65_HS1-834228961_62-HQ-83894_Serial_220
Agency: FBI
Page 7
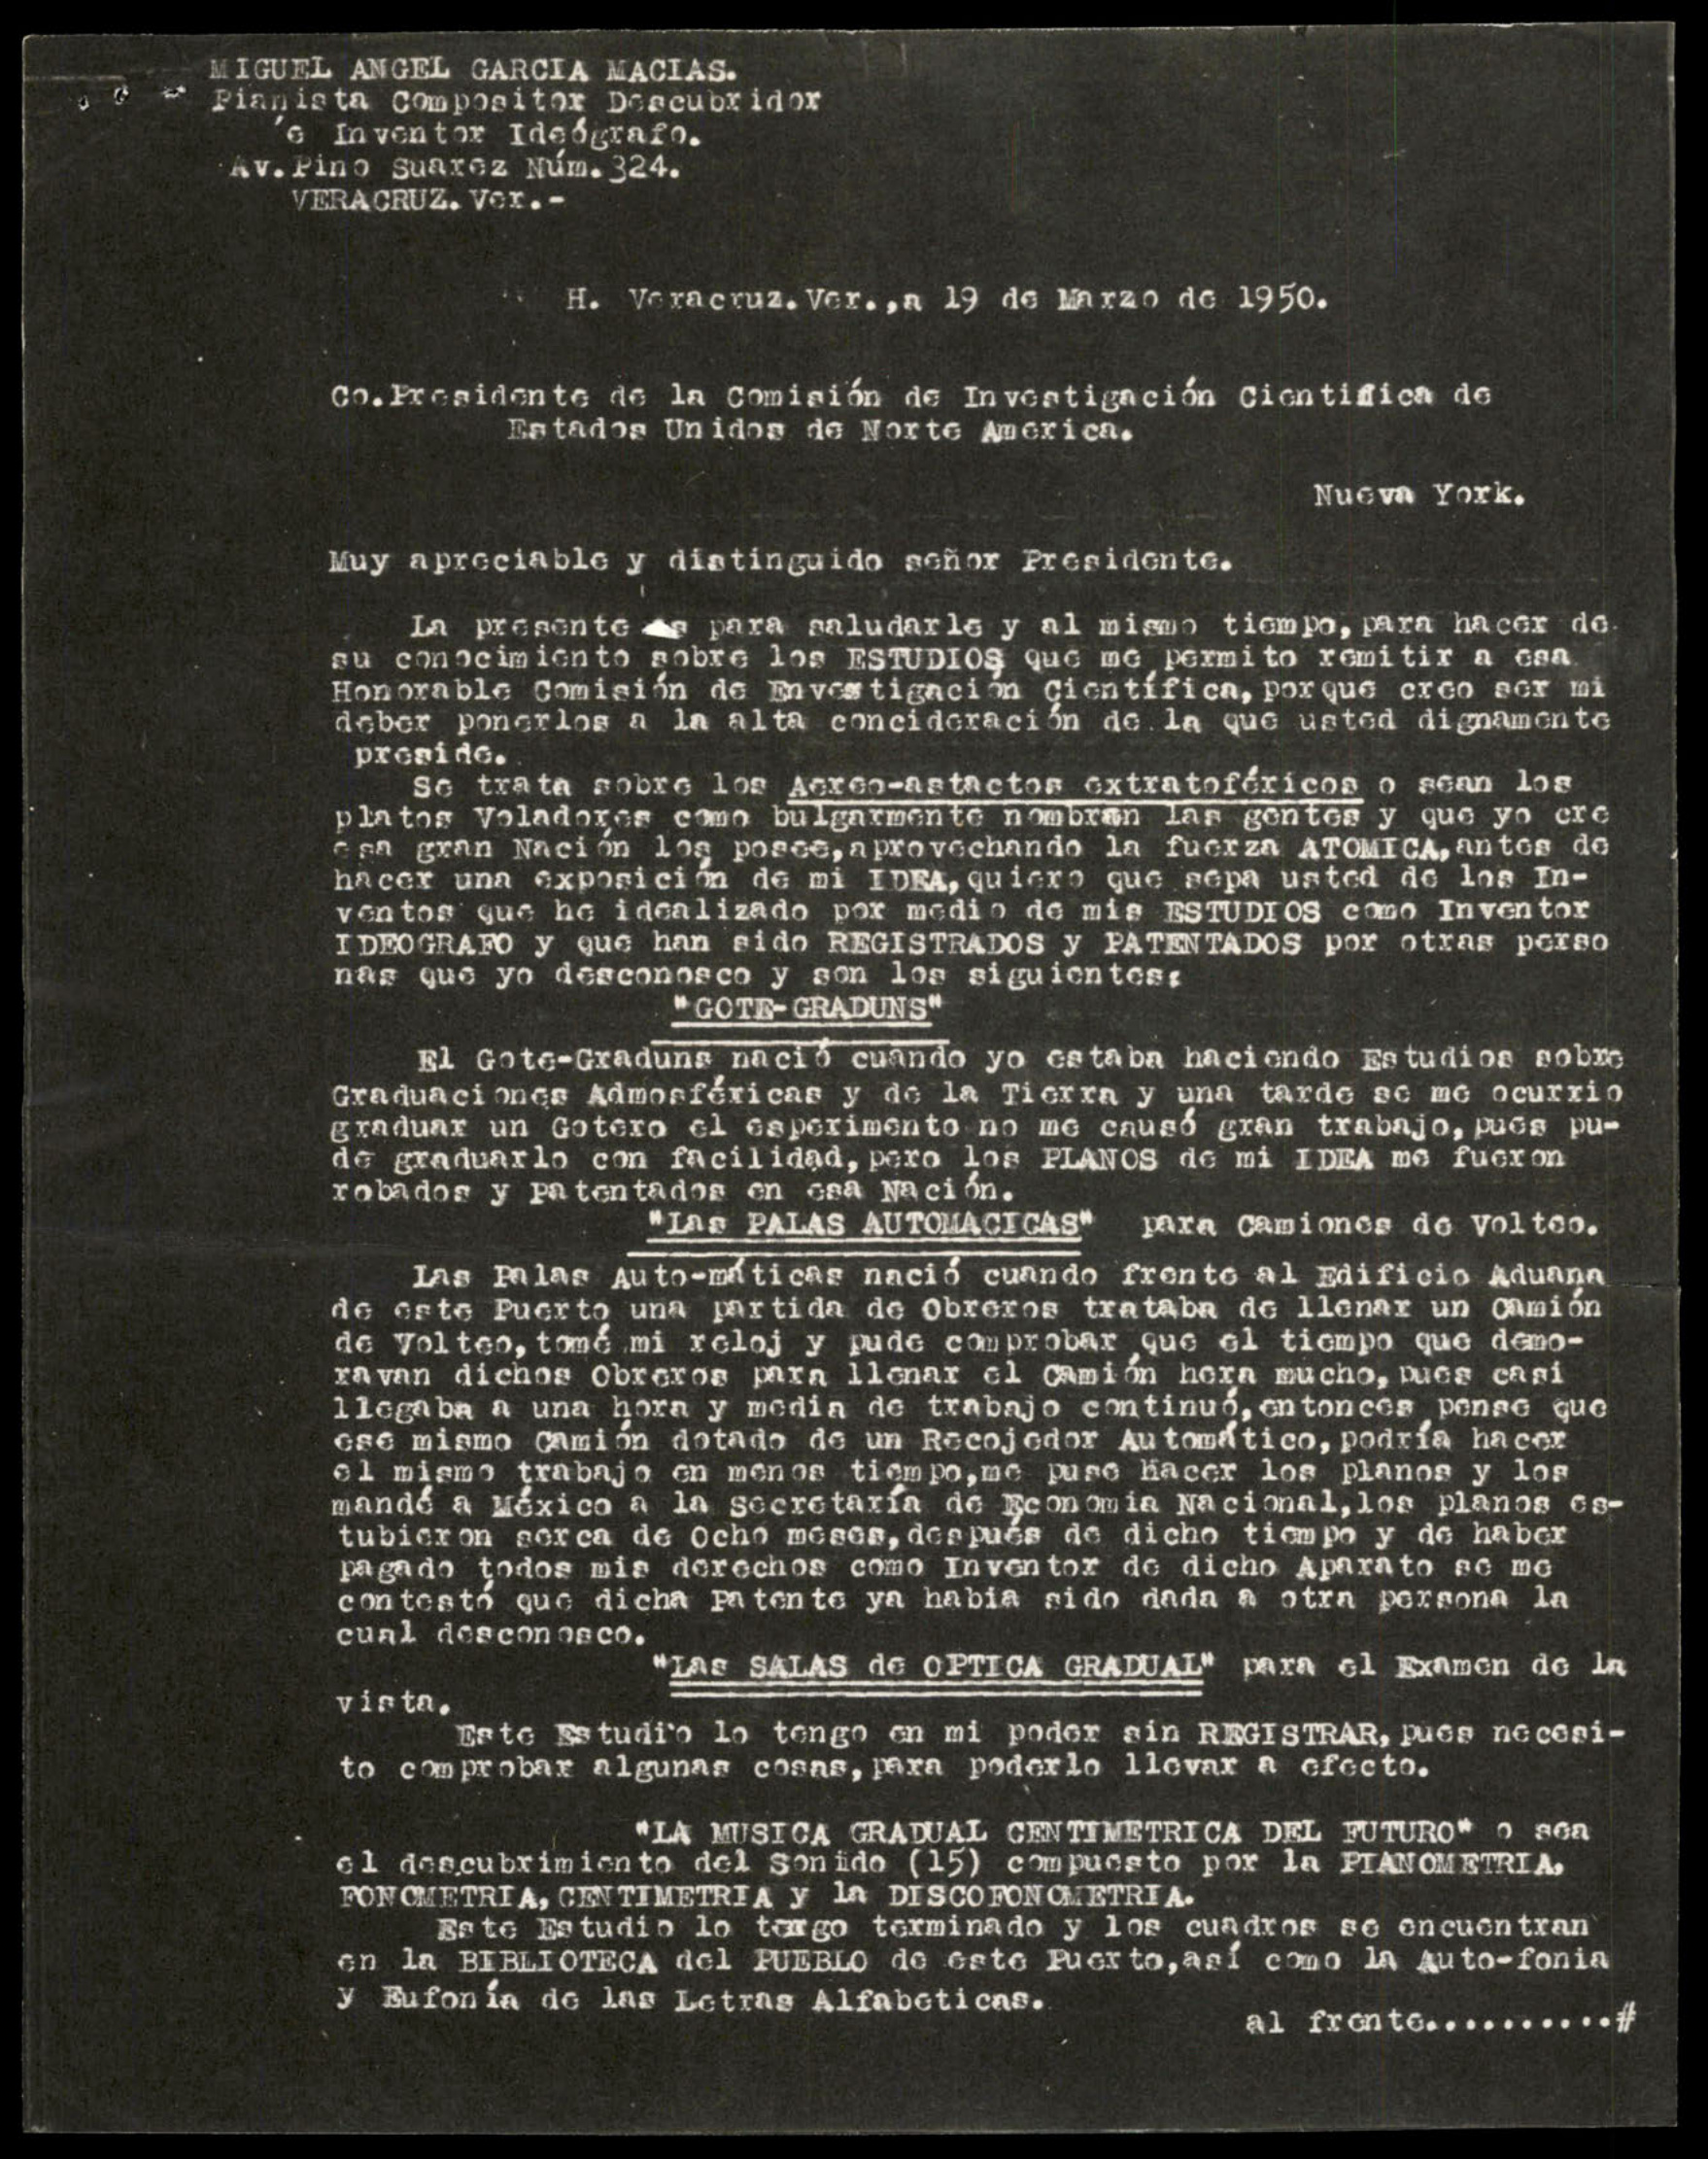